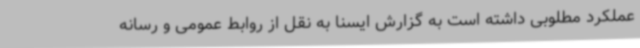
عملکرد مطلوبی داشته است به گزارش ایسنا به نقل از روابط عمومی و رسانه